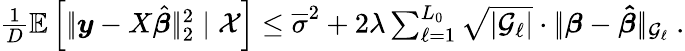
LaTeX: \begin{array}{r}{\frac 1D\mathbb E\left[|\! |\boldsymbol{y}-X\hat{\boldsymbol{\beta}}|\! |_{2}^{2}\mid\mathcal X\right]\leq\overline{{\sigma}}^{2}+2\lambda\sum_{\ell=1}^{L_{0}}\sqrt{|{\mathcal G}_{\ell}|}\cdot|\! |\boldsymbol{\beta}-\boldsymbol{\hat{\beta}}|\! |_{{\mathcal G}_{\ell}}\ .}\end{array}